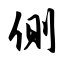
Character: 侧